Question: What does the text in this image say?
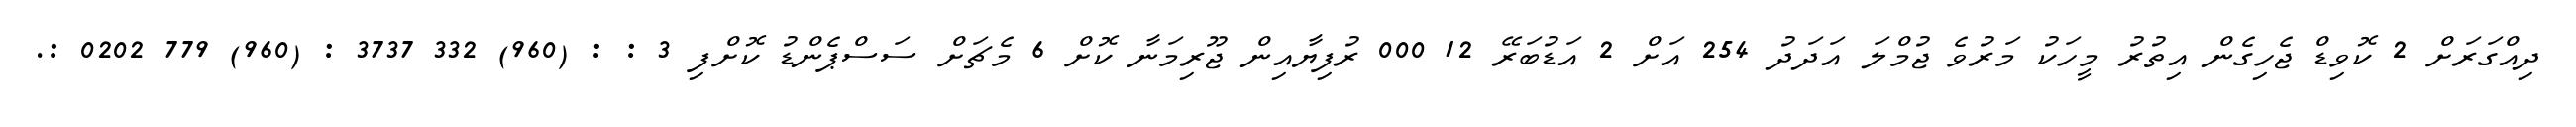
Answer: ދިއްގަރަށް 2 ކޮވިޑް ޖެހިގެން އިތުރު މީހަކު މަރުވެ ޖުމްލަ އަދަދު 254 އަށް 2 އަޑުބަރޭ 12 000 ރުފިޔާއިން ޖޫރިމަނާ ކޮށް 6 މެޗަށް ސަސްޕެންޑު ކޮށްފި 3 : : (960) 332 3737 : (960) 779 0202 :.